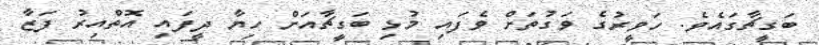
ބަގީޗާގައެވެ. ހަވީރުގެ ވަގުތަށް ވެފައި މުޅި ބަގީޗާއަށް ހިޔާ ދީފައި އޮތްއިރު ފަޒާ